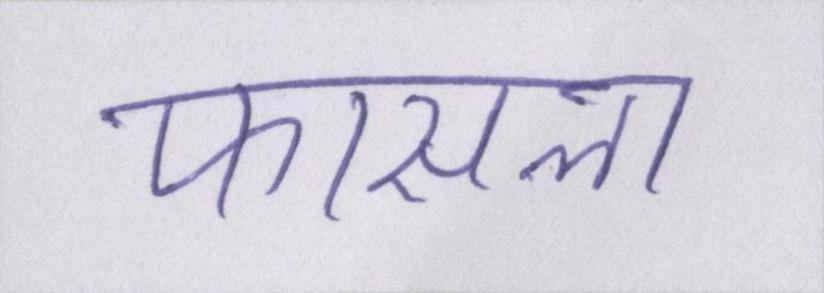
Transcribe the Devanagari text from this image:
फासला